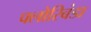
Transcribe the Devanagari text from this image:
फ्लोरिबंडा